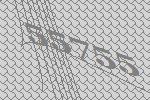
55755